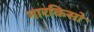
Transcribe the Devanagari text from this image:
नारकिसो